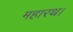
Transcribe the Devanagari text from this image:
महारथ।